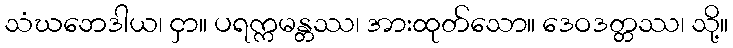
သံဃဘေဒါယ၊ ငှာ။ ပရက္ကမန္တဿ၊ အားထုတ်သော။ ဒေဝဒတ္တဿ၊ သို့။